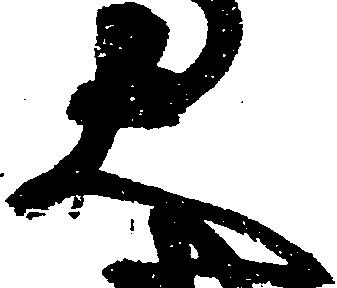
大